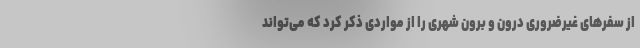
از سفرهای غیرضروری درون و برون شهری را از مواردی ذکر کرد که می‌تواند